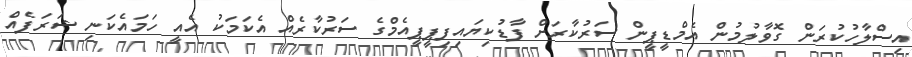
އިސްލާހުކުރަން ގޮވާލުމުން އެމްޑީޕީން ސަރުކާރަށް ފާޑުކިޔައިފިޕީޕީއެމްގެ ސަރުކާރެއް އެކަމަކު އެއީ ހަމައެކަނި ޝަރަފެއް